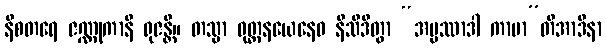
နီစတရေ ဇဏ္ဏုကာနိ ရုဇန္တိ။ တသ္မာ ဝုတ္တနယေနေဝ နိသီဒိတွာ “အပ္ပဿာဒါ ကာမာ”တိအာဒိနာ